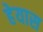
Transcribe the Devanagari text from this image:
हेयास